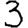
Digit: 3